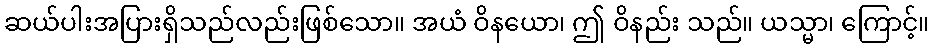
ဆယ်ပါးအပြားရှိသည်လည်းဖြစ်သော။ အယံ ဝိနယော၊ ဤ ဝိနည်း သည်။ ယသ္မာ၊ ကြောင့်။